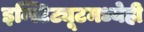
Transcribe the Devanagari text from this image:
इन्स्टिट्यूटमध्येही